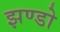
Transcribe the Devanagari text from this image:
झण्डो